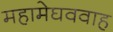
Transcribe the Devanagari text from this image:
महामेघववाह